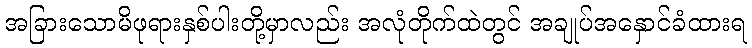
အခြားသောမိဖုရားနှစ်ပါးတို့မှာလည်း အလုံတိုက်ထဲတွင် အချုပ်အနှောင်ခံထားရ